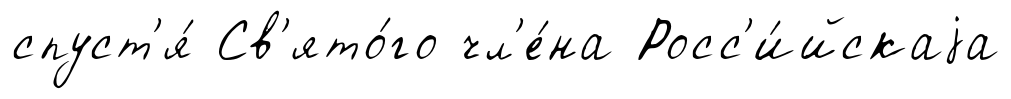
спуст'я́ Св'ято́го чл'е́на Росс'и́йскаjа